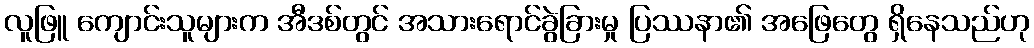
လူဖြူ ကျောင်းသူများက အီဒစ်တွင် အသားရောင်ခွဲခြားမှု ပြဿနာ၏ အဖြေတွေ ရှိနေသည်ဟု